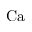
\mathrm { C a }